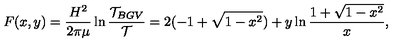
F ( x , y ) = \frac { H ^ { 2 } } { 2 \pi \mu } \ln \frac { { \cal T } _ { B G V } } { { \cal T } } = 2 ( - 1 + \sqrt { 1 - x ^ { 2 } } ) + y \ln \frac { 1 + \sqrt { 1 - x ^ { 2 } } } { x } ,